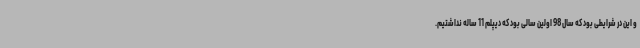
و این در شرایطی بود که سال 98 اولین سالی بود که دیپلم 11 ساله نداشتیم.